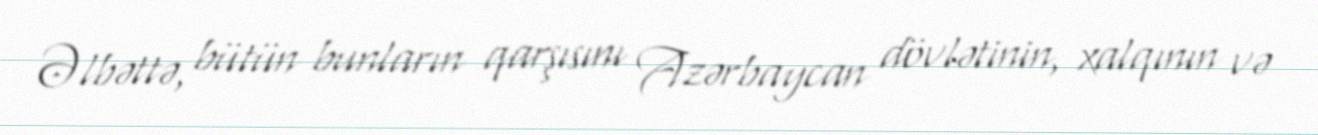
Əlbəttə, bütün bunların qarşısını Azərbaycan dövlətinin, xalqının və